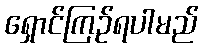
ရှောင်ကြဉ်ရပါမည်